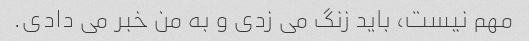
مهم نیست، باید زنگ می زدی و به من خبر می دادی.